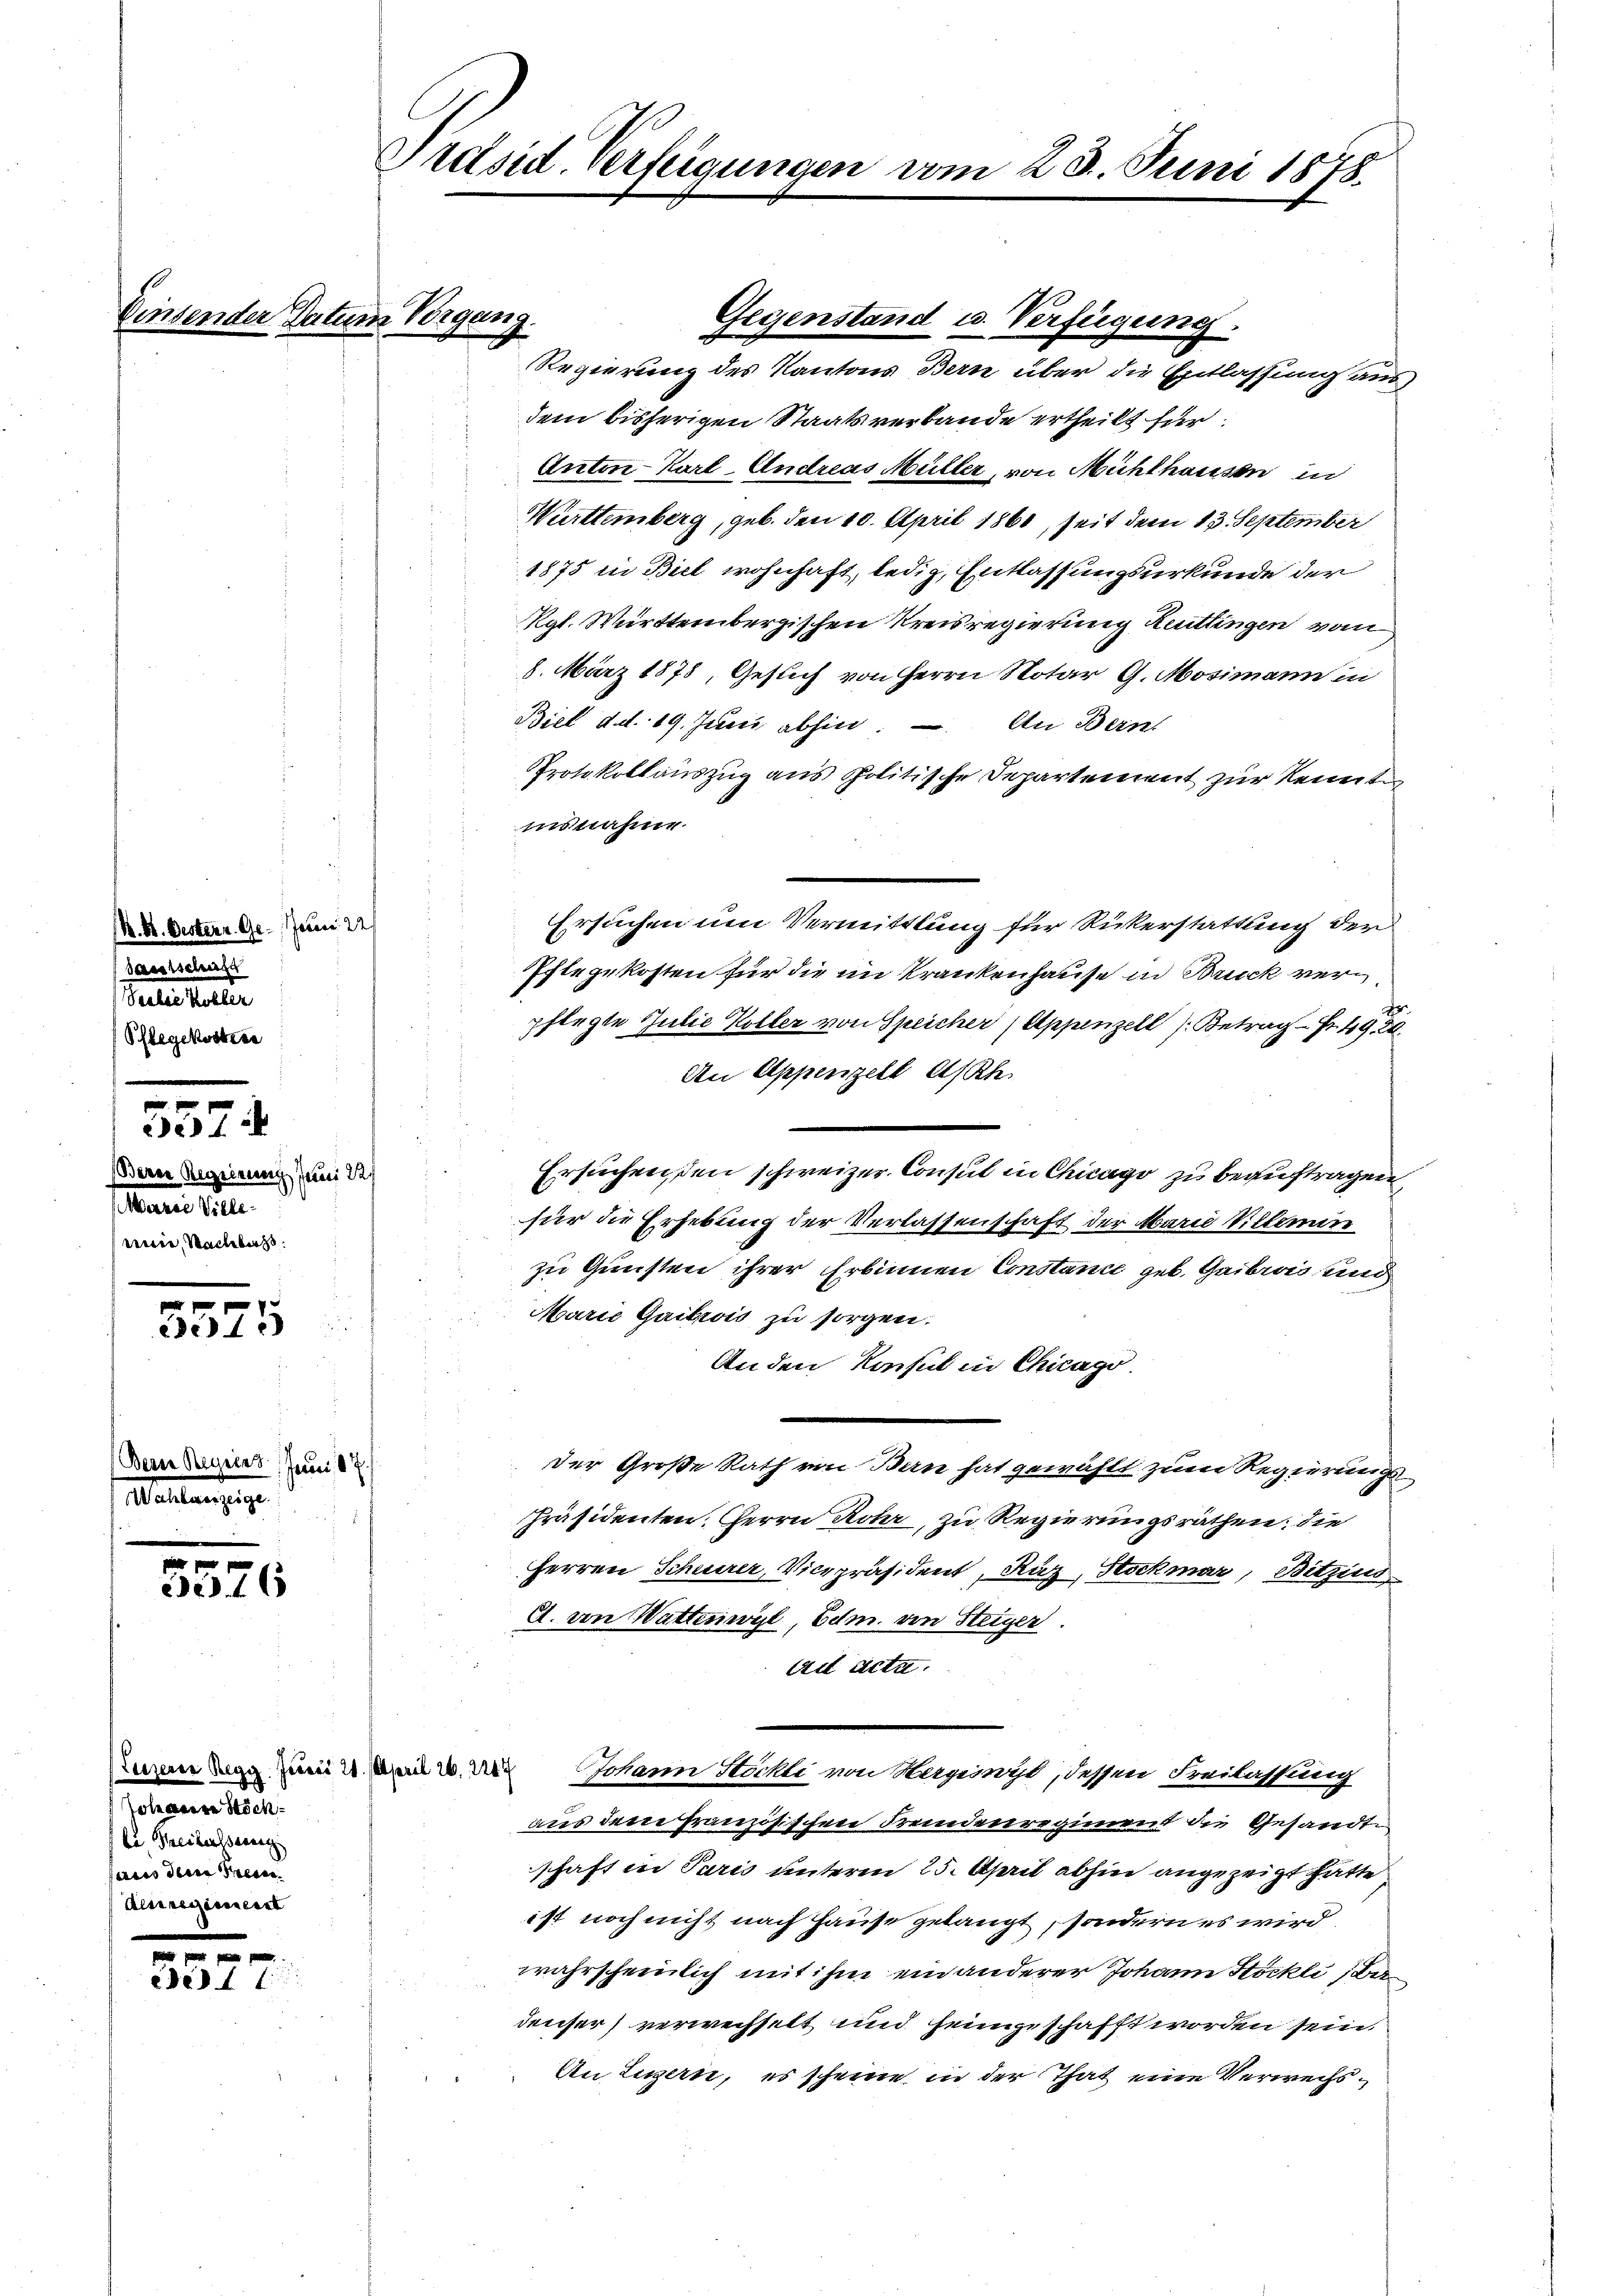
K. K. Oesterr. Ge- Juni 22.
Sassischutz
Jelis Keller
Pflegekoster

Bern Regierung Juni 22
aris Pille.
wie, Machbars.

557

M
de1

(Bern Regiert Juni 187.
aselben gege

2216

Johanere Stöck
C. Beibesserer
ferens deine Precar
Aessregiment

x
331

Einsender Datum Vorgang.

Präsid. Verfügungen vom 28. Juni 1878.

Regierung des Kantons Bern über die Entlassung aus,
dem bisherigen Staatsverbande ertheilt für
Anton Karl Andreas Müller, von Mühlhausen in
Württemberg, geb. den 10. April 1860, seit dem 13. September
1875 in Biel wohnhaft, ledig, Entlassungsurkunde der
Rgl. Württembergischen Kreisregierung Reutlingen vom
8. März 1878, Gesuch von Herrn Notar G. Mosimann in
Biel d. d. 19. Junii abhin. An Bern.
Protokollauszug aus spolitische Departement zur Kennt
insnahme.
Ersuchen um Vermittlung für Rickerstattung der
Ehlegekosten für die im Krankenhause in Bruck verpflegte Julie Koller von Speicher (Appenzell (Betrag Fr. 498.
An Appenzell A/Rh.
Ersuchen, den schweizer Consul in Chicago zu beauftragen,
für die Erhebung der Verlassenschaft der Marie allemin
zu Gunsten ihrer Erbinnen Constance geb. Gaibrois und
Marie Gaitrois zu sorgen.
Anden Konsul in Chicago
Der Große Rath von Bern hat gewählt zum Regierungs¬
Präsidenten, Herrn Rohr, zu Regierungsräthen; die
Herren Scheurer, Vicepräsident, Raz, Stockmar, Bitzins
A. von Wattenwyl, Edm. von Steiger.
An Acta.
Denn mag zum 2 und der Johann Stöckli von Hergeiwyl, dessen Freilassung
aus dem französischen Fremdenregiment die Gesandte
schaft in Paris unterm 25. April abhin angezeigt hätte
ist noch nicht nach Hause gelangt, sondern es wird
wahrscheinlich mit ihm ein anderer Johann Stöckli (Badenser verwechselt und heimgeschafft worden sein.
An Linzern, es scheine in der That eine Verwechs¬

Gegenstand u. Verfügung.